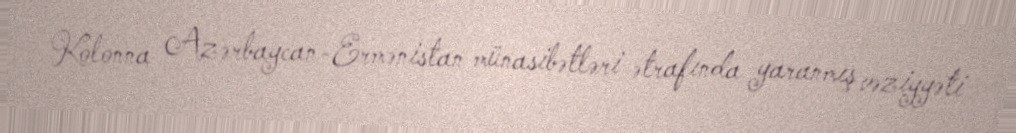
Kolonna Azərbaycan-Ermənistan münasibətləri ətrafında yaranmış vəziyyəti